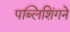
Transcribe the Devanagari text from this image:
पब्लिशिंगने